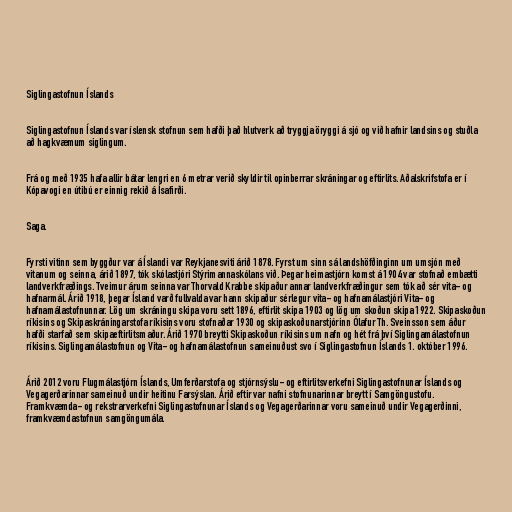
Siglingastofnun Íslands

Siglingastofnun Íslands var íslensk stofnun sem hafði það hlutverk að tryggja öryggi á sjó og við hafnir landsins og stuðla
að hagkvæmum siglingum.

Frá og með 1935 hafa allir bátar lengri en 6 metrar verið skyldir til opinberrar skráningar og eftirlits. Aðalskrifstofa er í
Kópavogi en útibú er einnig rekið á Ísafirði.

Saga.

Fyrsti vitinn sem byggður var á Íslandi var Reykjanesviti árið 1878. Fyrst um sinn sá landshöfðinginn um umsjón með
vitanum og seinna, árið 1897, tók skólastjóri Stýrimannaskólans við. Þegar heimastjórn komst á 1904 var stofnað embætti
landverkfræðings. Tveimur árum seinna var Thorvald Krabbe skipaður annar landverkfræðingur sem tók að sér vita- og
hafnarmál. Árið 1918, þegar Ísland varð fullvalda var hann skipaður sérlegur vita- og hafnamálastjóri Vita- og
hafnamálastofnunnar. Lög um skráningu skipa voru sett 1896, eftirlit skipa 1903 og lög um skoðun skipa 1922. Skipaskoðun
ríkisins og Skipaskráningarstofa ríkisins voru stofnaðar 1930 og skipaskoðunarstjórinn Ólafur Th. Sveinsson sem áður
hafði starfað sem skipaeftirlitsmaður. Árið 1970 breytti Skipaskoðun ríkisins um nafn og hét frá því Siglingamálastofnun
ríkisins. Siglingamálastofnun og Vita- og hafnamálastofnun sameinuðust svo í Siglingastofnun Íslands 1. október 1996.

Árið 2012 voru Flugmálastjórn Íslands, Umferðarstofa og stjórnsýslu- og eftirlitsverkefni Siglingastofnunar Íslands og
Vegagerðarinnar sameinuð undir heitinu Farsýslan. Árið eftir var nafni stofnunarinnar breytt í Samgöngustofu.
Framkvæmda- og rekstrarverkefni Siglingastofnunar Íslands og Vegagerðarinnar voru sameinuð undir Vegagerðinni,
framkvæmdastofnun samgöngumála.